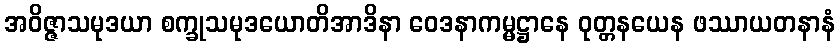
အဝိဇ္ဇာသမုဒယာ စက္ခုသမုဒယောတိအာဒိနာ ဝေဒနာကမ္မဋ္ဌာနေ ဝုတ္တနယေန ဖဿာယတနာနံ